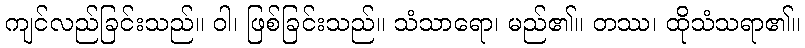
ကျင်လည်ခြင်းသည်။ ဝါ၊ ဖြစ်ခြင်းသည်။ သံသာရော၊ မည်၏။ တဿ၊ ထိုသံသရာ၏။